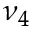
\nu _ { 4 }